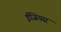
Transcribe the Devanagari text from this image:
ईजियस